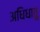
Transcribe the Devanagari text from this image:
अधिधातु